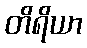
တိရိယာ